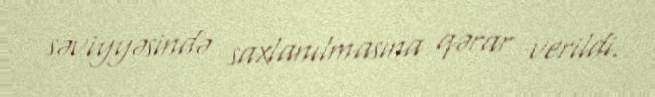
səviyyəsində saxlanılmasına qərar verildi.